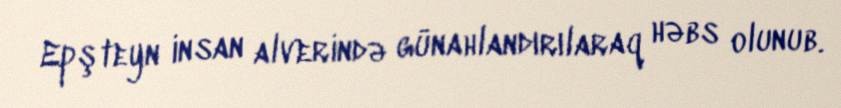
Epşteyn insan alverində günahlandırılaraq həbs olunub.